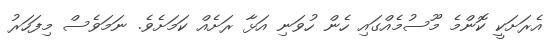
އެރަށަކީ ކޮންމެ މޫސުމެއްގައި ހެން ހުވަނި އަޅާ ރަށެއް ކަމަށެވެ. ނަމަވެސް މިފަހަރު